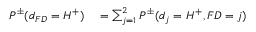
\begin{array} { r l } { P ^ { \pm } ( d _ { F D } = H ^ { + } ) } & { { } = \sum _ { j = 1 } ^ { 2 } P ^ { \pm } ( d _ { j } = H ^ { + } , F D = j ) } \end{array}